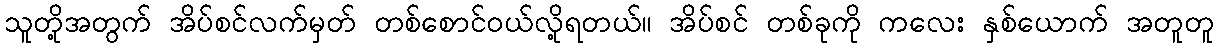
သူတို့အတွက် အိပ်စင်လက်မှတ် တစ်စောင်ဝယ်လို့ရတယ်။ အိပ်စင် တစ်ခုကို ကလေး နှစ်ယောက် အတူတူ